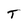
Character: T